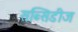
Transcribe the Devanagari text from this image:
सब्सिडीज